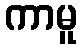
ကာမူ